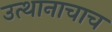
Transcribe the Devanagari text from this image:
उत्थानाचाच